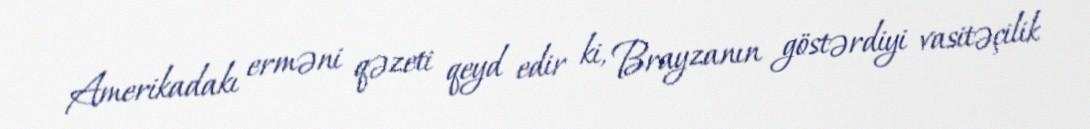
Amerikadakı erməni qəzeti qeyd edir ki, Brayzanın göstərdiyi vasitəçilik